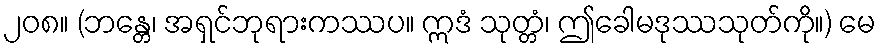
၂၀၈။ (ဘန္တေ၊ အရှင်ဘုရားကဿပ။ ဣဒံ သုတ္တံ၊ ဤခေါမဒုဿသုတ်ကို။) မေ